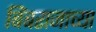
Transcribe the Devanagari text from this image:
बिंबराजाच्या